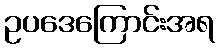
ဥပဒေကြောင်းအရ